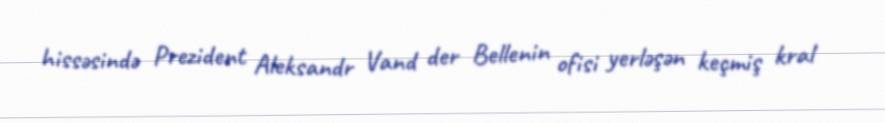
hissəsində Prezident Aleksandr Vand der Bellenin ofisi yerləşən keçmiş kral